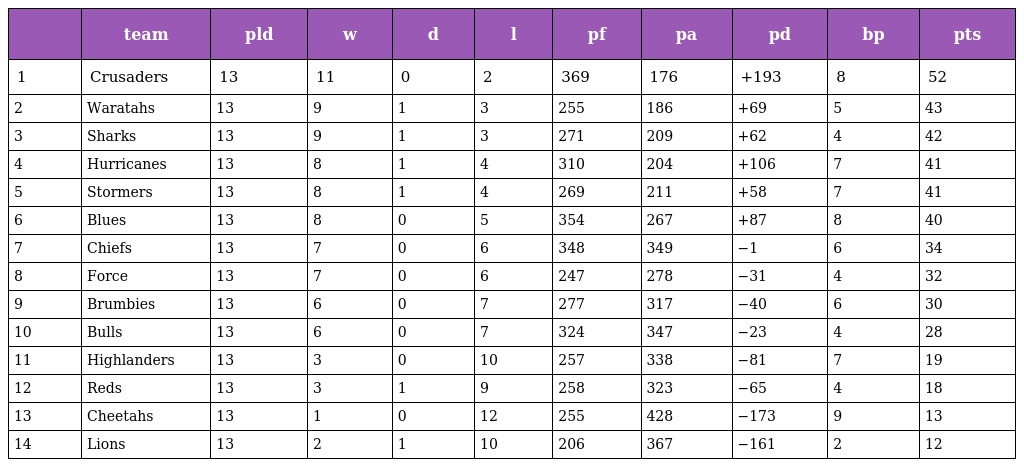
|  | team | pld | w | d | l | pf | pa | pd | bp | pts |
 | --- | --- | --- | --- | --- | --- | --- | --- | --- | --- | --- |
 | 1 | Crusaders | 13 | 11 | 0 | 2 | 369 | 176 | +193 | 8 | 52 |
 | 2 | Waratahs | 13 | 9 | 1 | 3 | 255 | 186 | +69 | 5 | 43 |
 | 3 | Sharks | 13 | 9 | 1 | 3 | 271 | 209 | +62 | 4 | 42 |
 | 4 | Hurricanes | 13 | 8 | 1 | 4 | 310 | 204 | +106 | 7 | 41 |
 | 5 | Stormers | 13 | 8 | 1 | 4 | 269 | 211 | +58 | 7 | 41 |
 | 6 | Blues | 13 | 8 | 0 | 5 | 354 | 267 | +87 | 8 | 40 |
 | 7 | Chiefs | 13 | 7 | 0 | 6 | 348 | 349 | −1 | 6 | 34 |
 | 8 | Force | 13 | 7 | 0 | 6 | 247 | 278 | −31 | 4 | 32 |
 | 9 | Brumbies | 13 | 6 | 0 | 7 | 277 | 317 | −40 | 6 | 30 |
 | 10 | Bulls | 13 | 6 | 0 | 7 | 324 | 347 | −23 | 4 | 28 |
 | 11 | Highlanders | 13 | 3 | 0 | 10 | 257 | 338 | −81 | 7 | 19 |
 | 12 | Reds | 13 | 3 | 1 | 9 | 258 | 323 | −65 | 4 | 18 |
 | 13 | Cheetahs | 13 | 1 | 0 | 12 | 255 | 428 | −173 | 9 | 13 |
 | 14 | Lions | 13 | 2 | 1 | 10 | 206 | 367 | −161 | 2 | 12 |